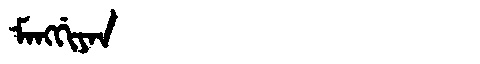
Manchu: ᠮᠠᠩᡤᡳᠶᠠᠨ
Romanization: MANGGIYAN